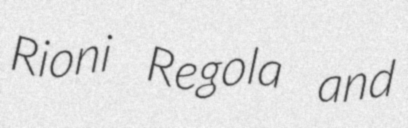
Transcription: Rioni Regola and